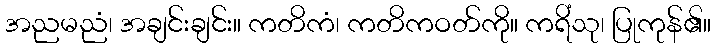
အညမညံ၊ အချင်းချင်း။ ကတိကံ၊ ကတိကဝတ်ကို။ ကရိံသု၊ ပြုကုန်၏။